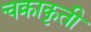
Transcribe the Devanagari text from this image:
चक्राकृती